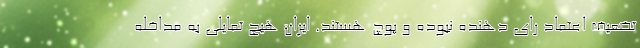
تضعیف اعتماد رای دهنده نبوده و پوچ هستند. ایران هیچ تمایلی به مداخله